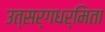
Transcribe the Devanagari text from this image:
उत्सर्गधर्मिता